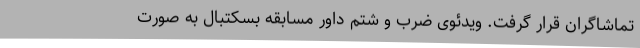
تماشاگران قرار گرفت. ویدئوی ضرب و شتم داور مسابقه بسکتبال به صورت